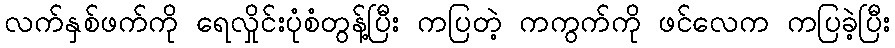
လက်နှစ်ဖက်ကို ရေလှိုင်းပုံစံတွန့်ပြီး ကပြတဲ့ ကကွက်ကို ဖင်လေက ကပြခဲ့ပြီး